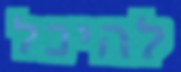
להיכל